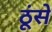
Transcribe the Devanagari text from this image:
ठूंसे